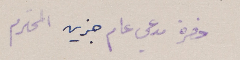
حضرة مدعي عام جزين المحترم